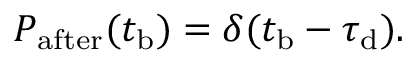
\begin{array} { r } { P _ { \mathrm { a f t e r } } ( t _ { \mathrm { b } } ) = \delta ( t _ { \mathrm { b } } - \tau _ { \mathrm { d } } ) . } \end{array}